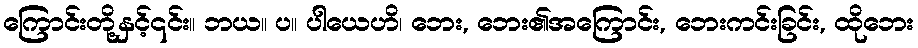
ကြောင်းတို့နှင့်၎င်း။ ဘယ။ ပ။ ပါယေဟိ၊ ဘေး, ဘေး၏အကြောင်း, ဘေးကင်းခြင်း, ထိုဘေး